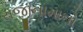
રાજીનામાનો